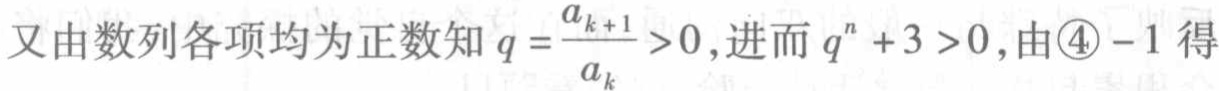
又由数列各项均为正数知\(q = \frac{a_{k + 1}}{a_{k}}>0\),进而\(q^{n}+3>0\),由\textcircled{4}-1得